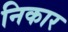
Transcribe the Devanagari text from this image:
निकार